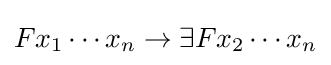
Fx_{1}\cdots x_{n}\rightarrow \exists Fx_{2}\cdots x_{n}